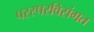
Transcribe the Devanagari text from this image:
परस्परविसंगत